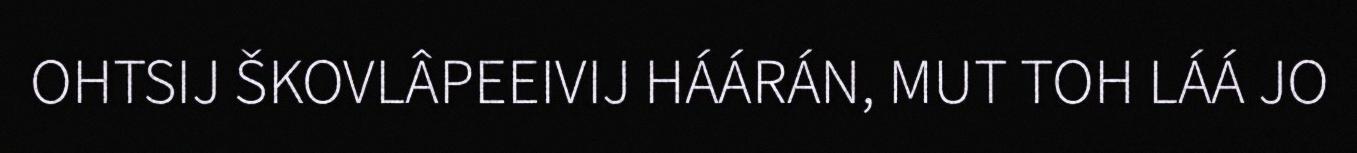
OHTSIJ ŠKOVLÂPEEIVIJ HÁÁRÁN, MUT TOH LÁÁ JO